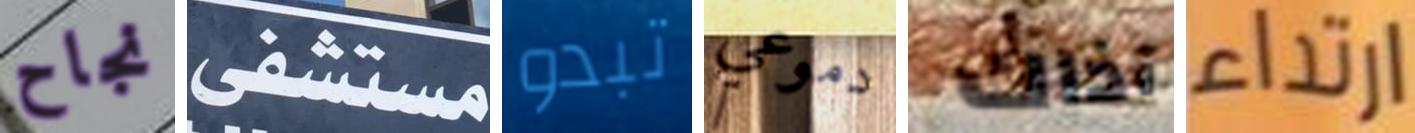
نجاح مستشفى تبدو دموعي آذاك ارتداء